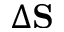
\Delta \mathbf { S }